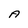
Character: A